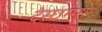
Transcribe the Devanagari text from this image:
देस्छम्प्स्